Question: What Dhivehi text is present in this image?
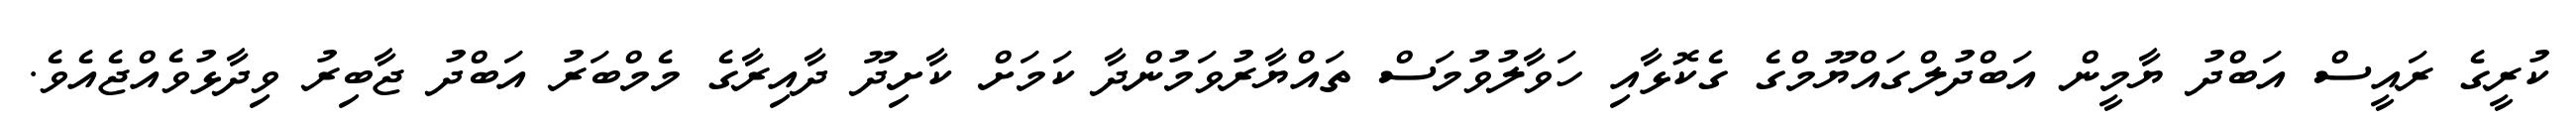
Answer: ކުރީގެ ރައީސް އަބްދު ޔާމީން އަބްދުލްގައްޔޫމްގެ ގެކޮޅާއި ހަވާލުވުމަސް ތައްޔާރުވަމުންދާ ކަމަށް ކާށިދޫ ދާއިރާގެ މެމްބަރު އަބްދު ޖާބިރު ވިދާޅުވެއްޖެއެވެ.